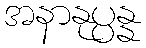
အနာနုပ္ပန္န